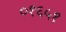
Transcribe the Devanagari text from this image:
०१६५१